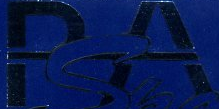
PA